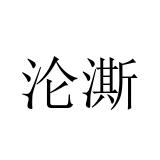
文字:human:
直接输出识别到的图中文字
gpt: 沦澌